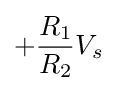
+{\frac {R_{1}}{R_{2}}}V_{s}